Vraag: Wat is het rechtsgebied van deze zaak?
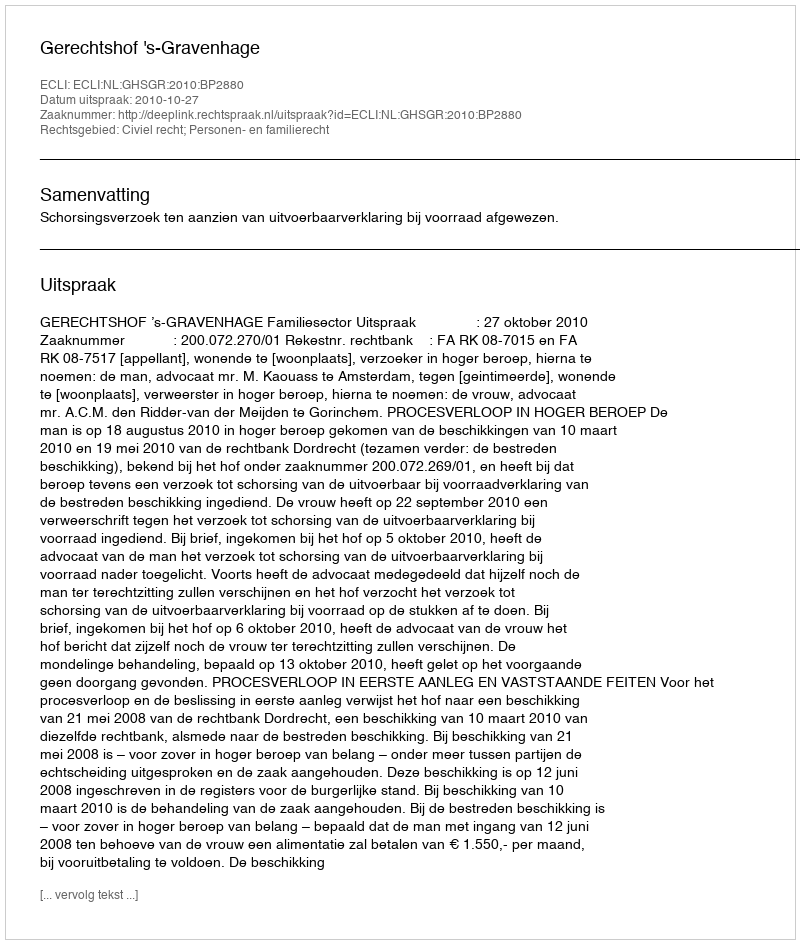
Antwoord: Civiel recht; Personen- en familierecht